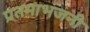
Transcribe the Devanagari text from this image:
प्रतमाभंजनी